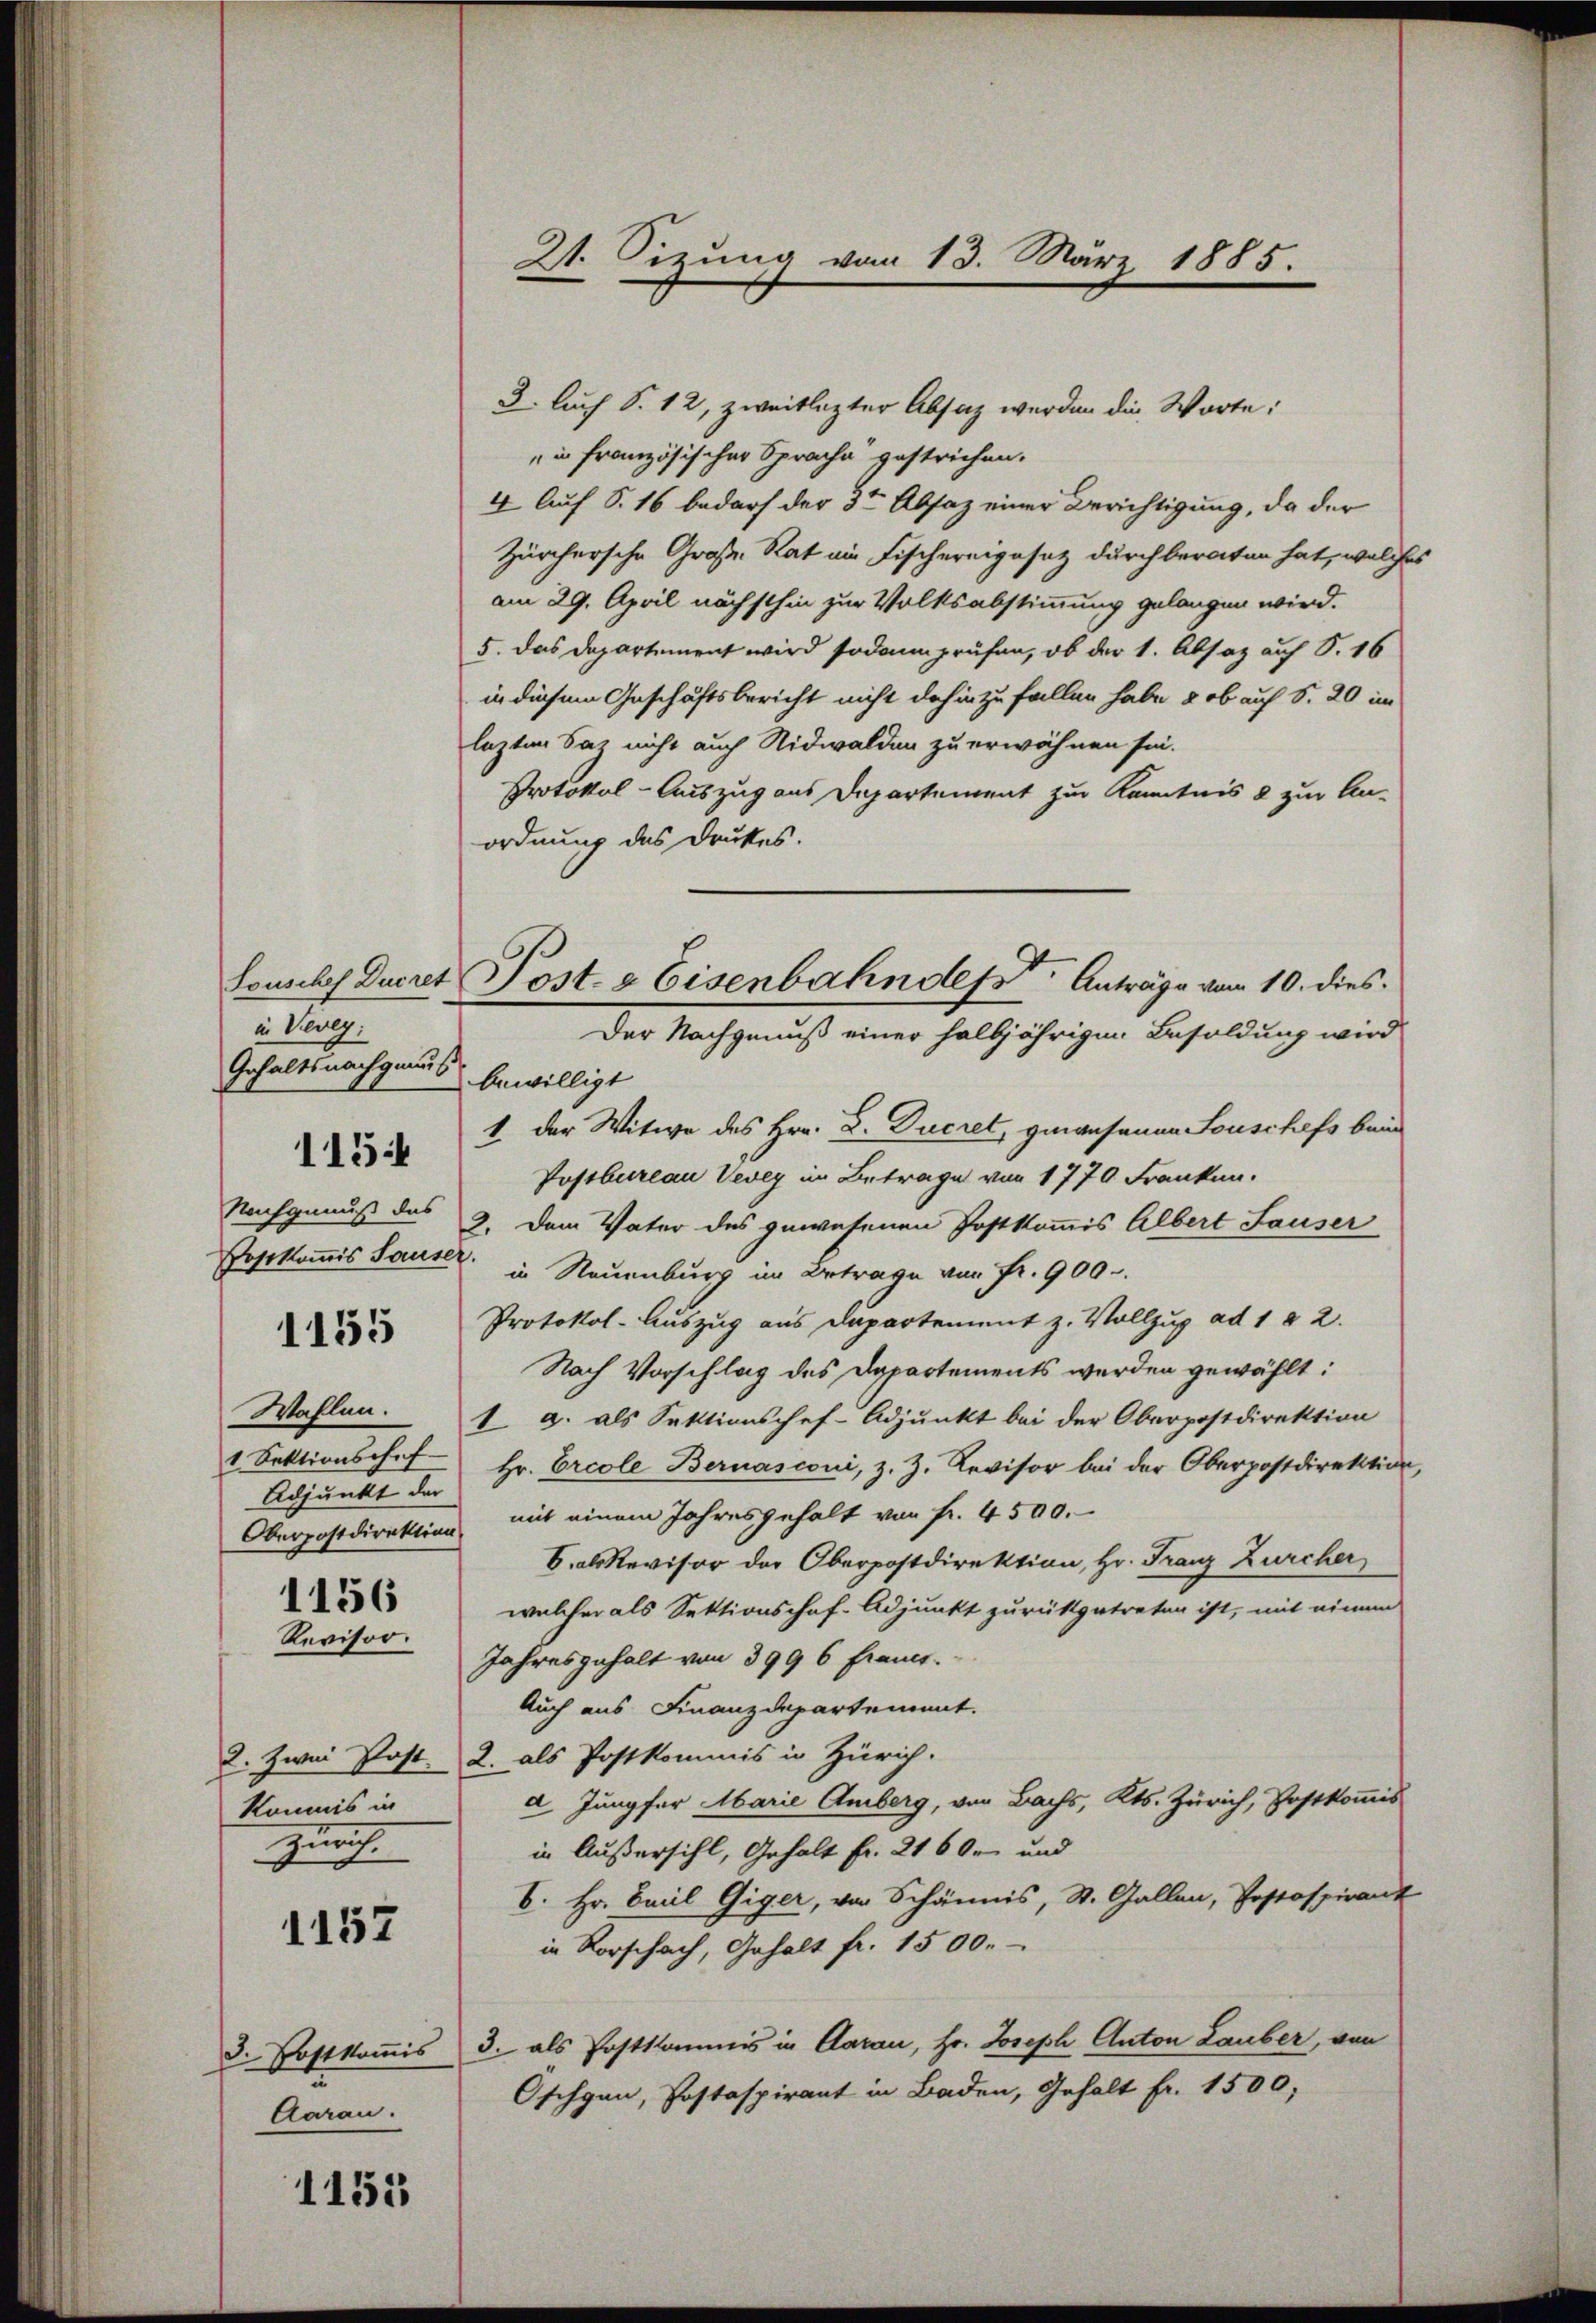
Louschef Ducret
in Vevey:
Gehaltsnachgenus
115:
Nachgenuß das
Hosekommis Sause.

1155

Wahlen.
1 Sektionschaf
Adjunkt der
1156

Revisor.

2. Zwei Post.
Kommis in
Zunf

1152

3. Postkommis
Aarau.

1155

21. Sizung vom 13. März 1885.

3. Auch S. 12, zweitlezter Absich werden die Worte:
in französischer Sprache gestrichen.
4. Auf S. 16 bedarf der 3ten Absaz einer Berichtigung, da der
Zürchersche Große Rat am Fischereigesetz durch beraten hat, welche
am 29. April nächsthin zur Volksabstimmung gelangen wird.
5. Das Departement wird sodann prüfen, ob der 1. Absaz auf S. 16
in diesem Geschäftsbericht nicht dahin zu fallen habe & ob auf S. 20 im
lezten Saz nicht auch Nidwalden zu erwähnen sei.
Protokol-Auszug aus Departement zur Kenntnis 8 zur An-
ordnung des Druckes.
bewilligt
1 der Witwe des Hrn. D. Ducret, genausanen Souschefs beim
Postbureau Vevey im Betrage von 1770 Franken.
3. Dem Vater des gewesenen Postkommis Albert Sauser
.
in Neuenburg im Betrage von Fr. 900.
Protokol-Auszug aus Departement z. Vollzug ad 1 § 2.
Nach Vorschlag des Departements werden gewählt:
1 9. als Sektionschef-Adjunkt bei der Oberpostdirektion
Hr. Ercole Bernasconi, z. Z. Revisor bei der Oberpostdirektion
Oberpostdirektion mit einem Jahresgehalt von fr. 4500.
C. als Revisor der Oberpostdirektion, Hr. Franz Zürcher
welcher als Sektionschaf-Adjunkt zurükgetreten ist, mit einem
Jahresgehalt von 399 6 francs.
Auch aus Finanzdepartement.
2. als Postkommis in Zürich.
2. Jungfer Marie Amberg, von Bachs, Kts. Zürich, Postkommis
in Außersihl, Gehalt fr. 2160 und
6. Hr. Bail Giger, von Schännis, St. Gallen, Postaspirant
in Rorschach, Gehalt fr. 1500.
3. als Postkommis in Daran, Hr. Joseph Anton Lauber, von
Oschgan, Pastaspirant in Baden, Gehalt fr. 1500,

Post- & Eisenbahnders Anträge vom 10. dies
Der Nachgenuß einer halbjährigen Besoldung wird